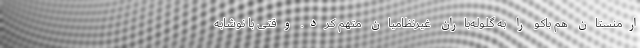
ارمنستان هم باکو را به گلوله‌باران غیرنظامیان متهم کرد. وقتی با نوشابه